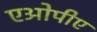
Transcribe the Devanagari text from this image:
एओपीए